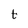
Character: t